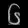
Digit: ၆